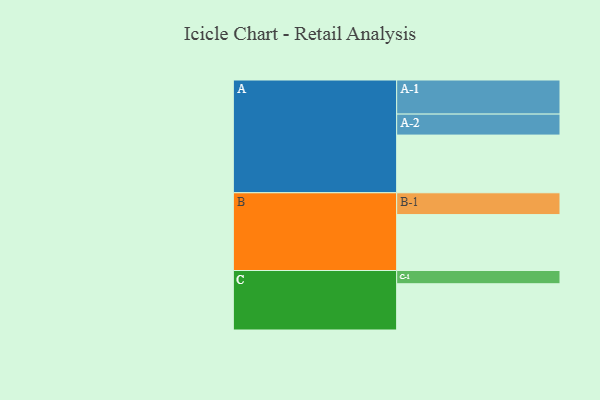
{"axis": {"x": "Segment", "y": "Value"}, "legend": ["", "A", "B", "C"], "data": [{"x": "A", "y": 484, "type": ""}, {"x": "B", "y": 469, "type": ""}, {"x": "C", "y": 388, "type": ""}, {"x": "A-1", "y": 286, "type": "A"}, {"x": "A-2", "y": 176, "type": "A"}, {"x": "B-1", "y": 183, "type": "B"}, {"x": "C-1", "y": 111, "type": "C"}]}